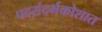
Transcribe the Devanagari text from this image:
पदसंदर्भकोशात